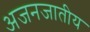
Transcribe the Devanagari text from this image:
अजनजातीय